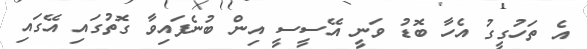
އެ ތަހުގީގު އެހާ ބޮޑު ވަނީ އޭސީސީ އިން ބުނެފައިވާ ގޮތުގައި އޭގައި